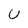
Character: U